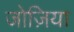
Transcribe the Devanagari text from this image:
जोज़िया